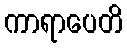
ကာရာပေတိ